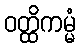
ဝတ္ထိကမ္မံ